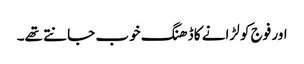
اور فوج کو لڑانے کا ڈھنگ خوب جانتے تھے۔